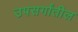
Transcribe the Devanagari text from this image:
उपसर्गांतील